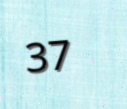
37